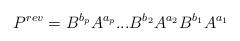
LaTeX: \begin{align*}P^{rev}=B^{b_{p}}A^{a_{p}}...B^{b_{2}}A^{a_{2}}B^{b_{1}}A^{a_{1}} \end{align*}